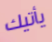
يأتيك